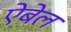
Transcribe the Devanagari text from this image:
ऐबेल